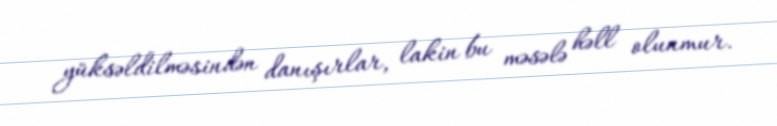
yüksəldilməsindən danışırlar, lakin bu məsələ həll olunmur.